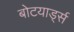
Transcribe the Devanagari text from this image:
बोटयार्ड्स